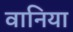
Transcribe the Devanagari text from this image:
वानिया